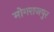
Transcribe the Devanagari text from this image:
मोगराजपुर